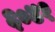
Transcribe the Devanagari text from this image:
६०४१